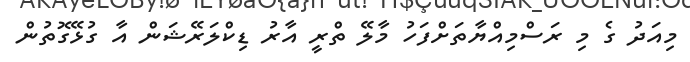
މިއަދު ގެ މި ރަސްމިއްޔާތަށްފަހު މާލޭ ތްރީ އާރު ޑިކްލަރޭޝަން އާ ގުޅޭގޮތުން